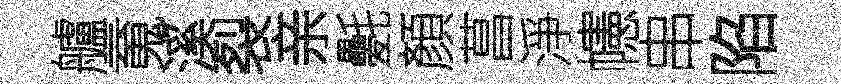
艫䰟溪裂亲氎顏菖淨幰串陷